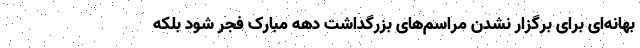
بهانه‌ای برای برگزار نشدن مراسم‌های بزرگداشت دهه مبارک فجر شود بلکه